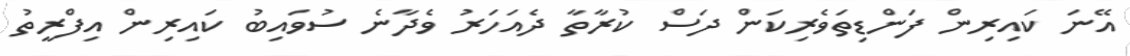
އޭނަ ކައިރިން ފަންޑިތަވެރިކަން ދަސް ކުރާތާ ދެއަހަރު ވެދާނެ ސުވައިބު ކައިރިން އިފްރީތު